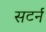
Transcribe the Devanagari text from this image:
सटर्न